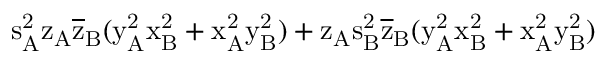
\mathrm { s _ { A } ^ { 2 } \mathrm { z _ { A } \mathrm { \overline { { z } } _ { B } ( \mathrm { y _ { A } ^ { 2 } \mathrm { x _ { B } ^ { 2 } + \mathrm { x _ { A } ^ { 2 } \mathrm { y _ { B } ^ { 2 } ) + \mathrm { z _ { A } \mathrm { s _ { B } ^ { 2 } \mathrm { \overline { { z } } _ { B } ( \mathrm { y _ { A } ^ { 2 } \mathrm { x _ { B } ^ { 2 } + \mathrm { x _ { A } ^ { 2 } \mathrm { y _ { B } ^ { 2 } ) } } } } } } } } } } } } } }